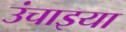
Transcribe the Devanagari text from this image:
उंचाइया